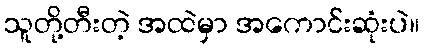
သူတို့တီးတဲ့ အထဲမှာ အကောင်းဆုံးပဲ။